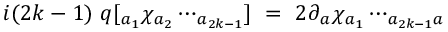
i ( 2 k - 1 ) \ q [ _ { a { _ { 1 } } } \chi _ { a { _ { 2 } } } \cdots _ { a { _ { 2 k - 1 } } } ] \ = \ 2 \partial { _ { a } } \chi _ { a { _ { 1 } } } \cdots _ { a _ { 2 k - 1 } a }